General report no. 6 on the lunatic asylums, vaccination and dispensaries in the Bengal Presidency, 1873 -
Year: 1873
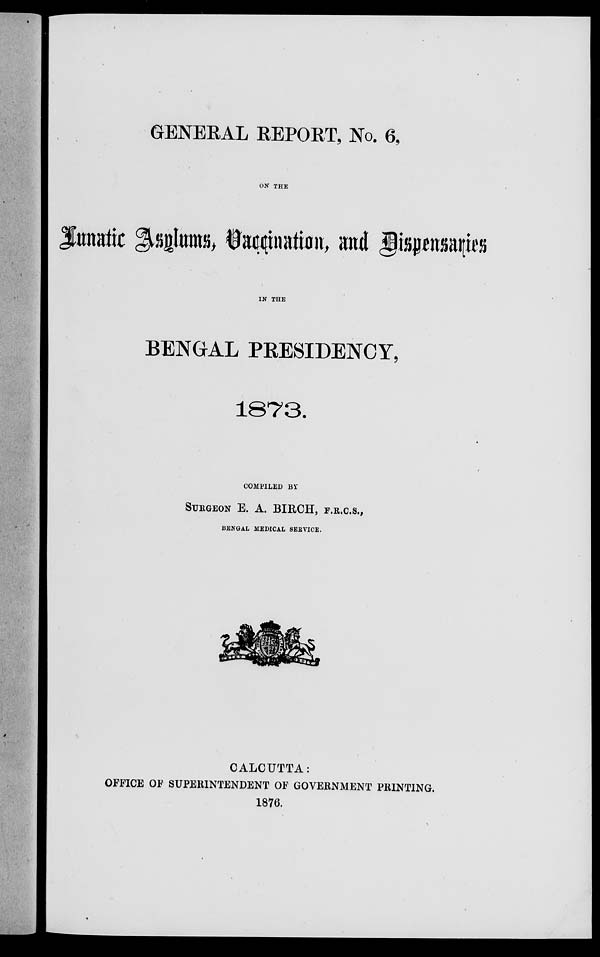
GENERAL REPORT, No. 6,
ON THE
Lunatic Asylums, Vaccination, and Dispensaries
IN THE
BENGAL PRESIDENCY,
1873.
COMPILED BY
SURGEON E. A. BIRCH, F.R.C.S.,
BENGAL MEDICAL SERVICE.
CALCUTTA:
OFFICE OF SUPERINTENDENT OF GOVERNMENT PRINTING.
1876.